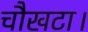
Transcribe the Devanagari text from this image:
चौखटा।